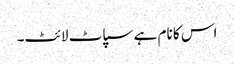
اس کا نام ہے سپاٹ لائٹ۔